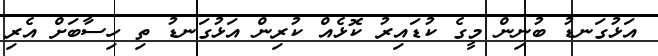
އަޅުގަނޑު ބުނިން މީގެ ކުޑައިރު ކޮޅެއް ކުރިން އަޅުގަނޑު ތި ހިސާބަށް އެރި